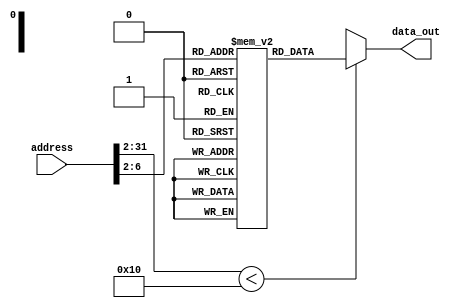

// EASY INSTRUCTION MEMORY
module instructionmemory (

	input [31:0] address,	//Address to Register for Read/Write
	
	output reg [31:0] data_out 	//   Data read from the memory
);

	reg [31:0] Memory [0:20];
	wire [31:0] real_address;
assign real_address = address >> 2;
	
	always @(*) begin
		if(real_address < 16)
        data_out <= Memory[real_address];
		else
		  data_out <= 32'hx;
end 

// ENTER INSTRUCTIONS MANUALLY
initial begin
Memory[0]=32'h01897020;     //add t6 t4 t1  output: 10
Memory[1]=32'h01C96020;     //add t4 t6 t1  output: 14  RAW (previous)
Memory[2]=32'h01CE5820;     //add t3 t6 t6  output: 20  RAW (2nd-to-previous)
Memory[3]=32'h012A7822;     //sub t7 t1 t2  output: -1
Memory[4]=32'h03197822;     //sub t7 t8 t9  output: 1
Memory[5]=32'h01F8C820;     //add t9 t7 t8  output: 10   Double Hazard
end

/*
//STOP SIMULATION AT WHEN THIS ADDRESS IS ENTERED:
always@(address)begin
if(address/4==32'd5)begin    //enter instruction number directly
$stop;
end

end
*/

endmodule